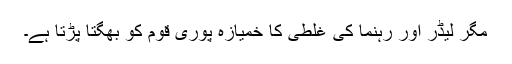
مگر لیڈر اور رہنما کی غلطی کا خمیازہ پوری قوم کو بھگتا پڑتا ہے۔